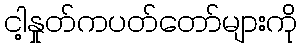
ငါ့နှုတ်ကပတ်တော်များကို